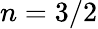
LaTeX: n=3/2